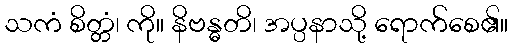
သကံ စိတ္တံ၊ ကို။ နိဗန္ဓတိ၊ အပ္ပနာသို့ ရောက်စေ၏။